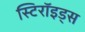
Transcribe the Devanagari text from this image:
स्टिरॉइड्स